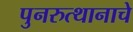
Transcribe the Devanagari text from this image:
पुनरुत्थानाचे